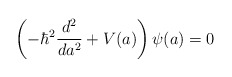
\begin{align*}\left( - \hbar^{2} \frac{d^{2}}{d a^{2}} + V(a) \right) \psi(a) = 0\end{align*}